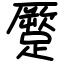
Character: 蹷